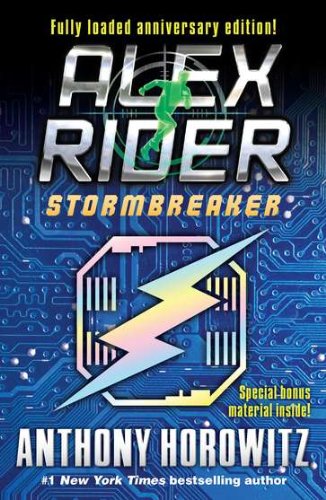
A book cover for Stormbreaker (Alex Rider); Anthony Horowitz; Children's Books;